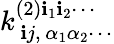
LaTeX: k_{\, \mathbf{i}j,\, \alpha_{1}\alpha_{2}\cdots}^{(2)\mathbf{i}_{1}\mathbf{i}_{2}\cdots}